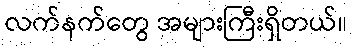
လက်နက်တွေ အများကြီးရှိတယ်။